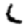
Digit: 6